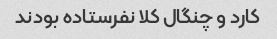
کارد و چنگال کلا نفرستاده بودند